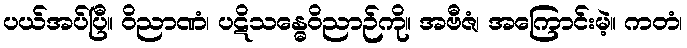
ပယ်အပ်ပြီ။ ဝိညာဏံ၊ ပဋိသန္ဓေဝိညာဉ်ကို။ အဗီဇံ၊ အကြောင်းမဲ့။ ကတံ၊